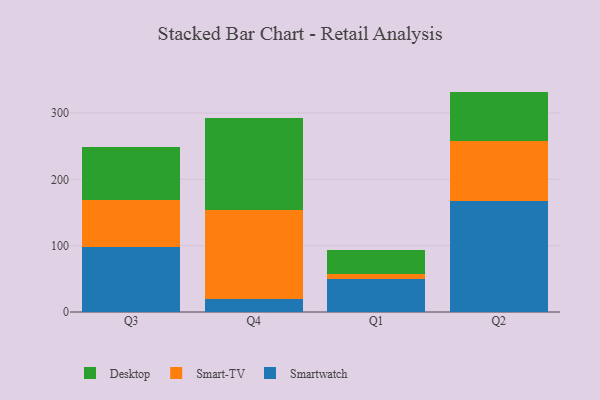
{"axis": {"x": "Quarter", "y": "Temperature (°C)"}, "legend": ["Desktop", "Smart-TV", "Smartwatch"], "data": [{"x": "Q3", "y": 98.6, "type": "Smartwatch"}, {"x": "Q3", "y": 71.0, "type": "Smart-TV"}, {"x": "Q3", "y": 79.9, "type": "Desktop"}, {"x": "Q4", "y": 19.5, "type": "Smartwatch"}, {"x": "Q4", "y": 134.2, "type": "Smart-TV"}, {"x": "Q4", "y": 138.7, "type": "Desktop"}, {"x": "Q1", "y": 49.5, "type": "Smartwatch"}, {"x": "Q1", "y": 8.5, "type": "Smart-TV"}, {"x": "Q1", "y": 34.9, "type": "Desktop"}, {"x": "Q2", "y": 167.5, "type": "Smartwatch"}, {"x": "Q2", "y": 90.8, "type": "Smart-TV"}, {"x": "Q2", "y": 74.0, "type": "Desktop"}]}